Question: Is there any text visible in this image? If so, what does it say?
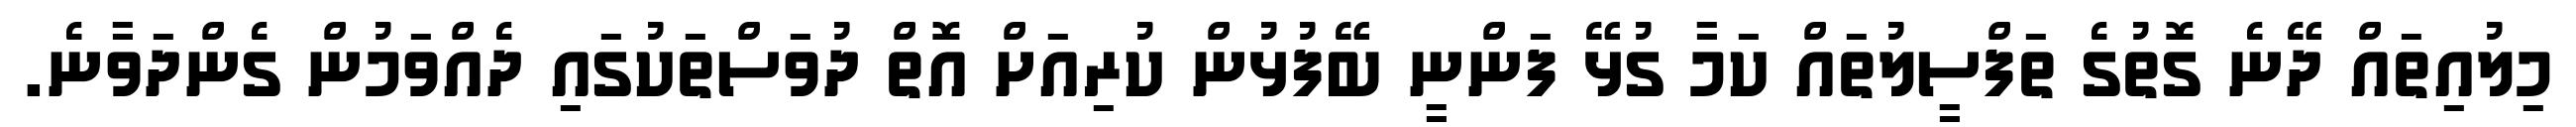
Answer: މިލުއިތައް ދޭނެ ގޮތުގެ ތަފްސީލުތައް ކަމާ ގުޅޭ ފަންނީ ބޭފުޅުން ކުރިއަށް އޮތް ދުވަސްތަކުގައި ދެއްވަމުން ގެންދަވާނެ.